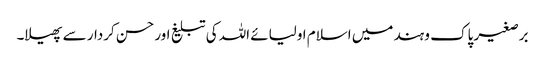
برصغیر پاک و ہند میں اسلام اولیائے اللہ کی تبلیغ اور حسن کردار سے پھیلا۔